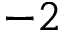
- 2